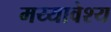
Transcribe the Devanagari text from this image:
मय्यावेश्य